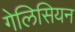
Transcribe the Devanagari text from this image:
गेलिसियन